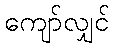
ကျော်လျှင်